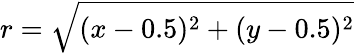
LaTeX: r=\sqrt{(x-0.5)^{2}+(y-0.5)^{2}}